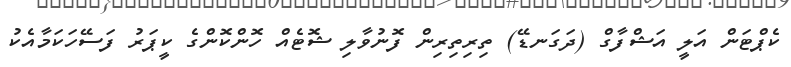
ކެޕްޓަން އަލީ އަޝްފާގް (ދަގަނޑޭ) ތިރިތިރިން ފޮނުވާލި ޝޮޓެއް ހޮންކޮންގެ ކީޕަރު ފަސޭހަކަމާއެކު